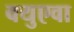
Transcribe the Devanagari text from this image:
क्युएवा